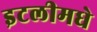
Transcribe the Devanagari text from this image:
इटलीमधे